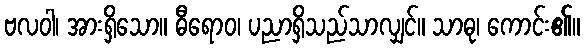
ဗလဝါ၊ အားရှိသော။ ဓီရောဝ၊ ပညာရှိသည်သာလျှင်။ သာဓု၊ ကောင်း၏။